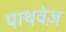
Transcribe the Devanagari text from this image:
पाथवेज़